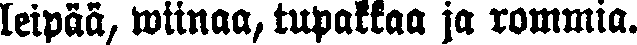
leipää, wiinaa, tupakkaa ja rommia.